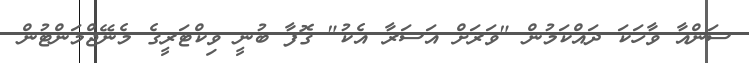
ސަންއާ ވާހަކަ ދައްކަމުން "ވަރަށް އަސަރާ އެކު" ގޮފާ ބުނީ ވިކްޓަރީގެ މެނޭޖްމަންޓުން